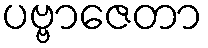
ပဗ္ဗာဇေတာ